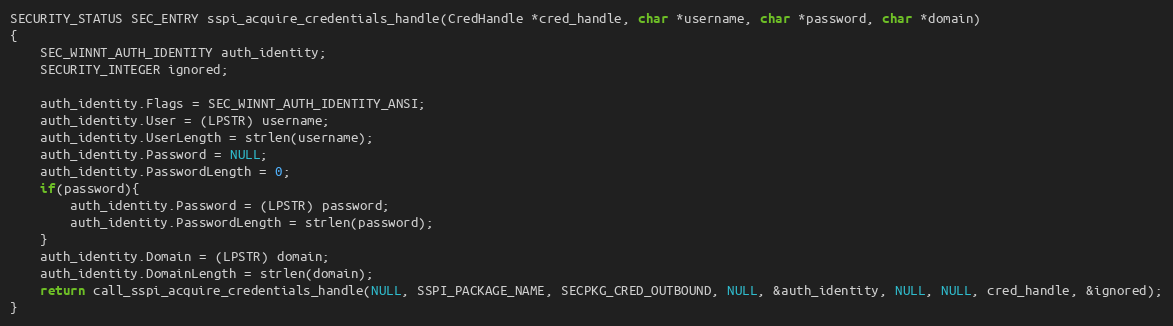
Language: C
SECURITY_STATUS SEC_ENTRY sspi_acquire_credentials_handle(CredHandle *cred_handle, char *username, char *password, char *domain)
{
	SEC_WINNT_AUTH_IDENTITY auth_identity;
	SECURITY_INTEGER ignored;

	auth_identity.Flags = SEC_WINNT_AUTH_IDENTITY_ANSI;
	auth_identity.User = (LPSTR) username;
	auth_identity.UserLength = strlen(username);
	auth_identity.Password = NULL;
	auth_identity.PasswordLength = 0;
	if(password){
		auth_identity.Password = (LPSTR) password;
		auth_identity.PasswordLength = strlen(password);
	}
	auth_identity.Domain = (LPSTR) domain;
	auth_identity.DomainLength = strlen(domain);
	return call_sspi_acquire_credentials_handle(NULL, SSPI_PACKAGE_NAME, SECPKG_CRED_OUTBOUND, NULL, &auth_identity, NULL, NULL, cred_handle, &ignored);
}